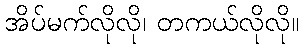
အိပ်မက်လိုလို၊ တကယ်လိုလို။